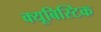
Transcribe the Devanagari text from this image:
क्यूबिस्टिक